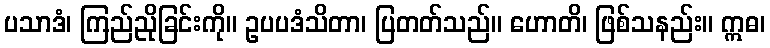
ပသာဒံ၊ ကြည်ညိုခြင်းကို။ ဥပပဒံသိတာ၊ ပြတတ်သည်။ ဟောတိ၊ ဖြစ်သနည်း။ ဣဓ၊